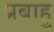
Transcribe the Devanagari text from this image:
प्रबाहु